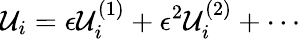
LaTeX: \mathcal{U}_{i}=\epsilon\mathcal{U}_{i}^{(1)}+\epsilon^{2}\mathcal{U}_{i}^{(2)}+\cdots